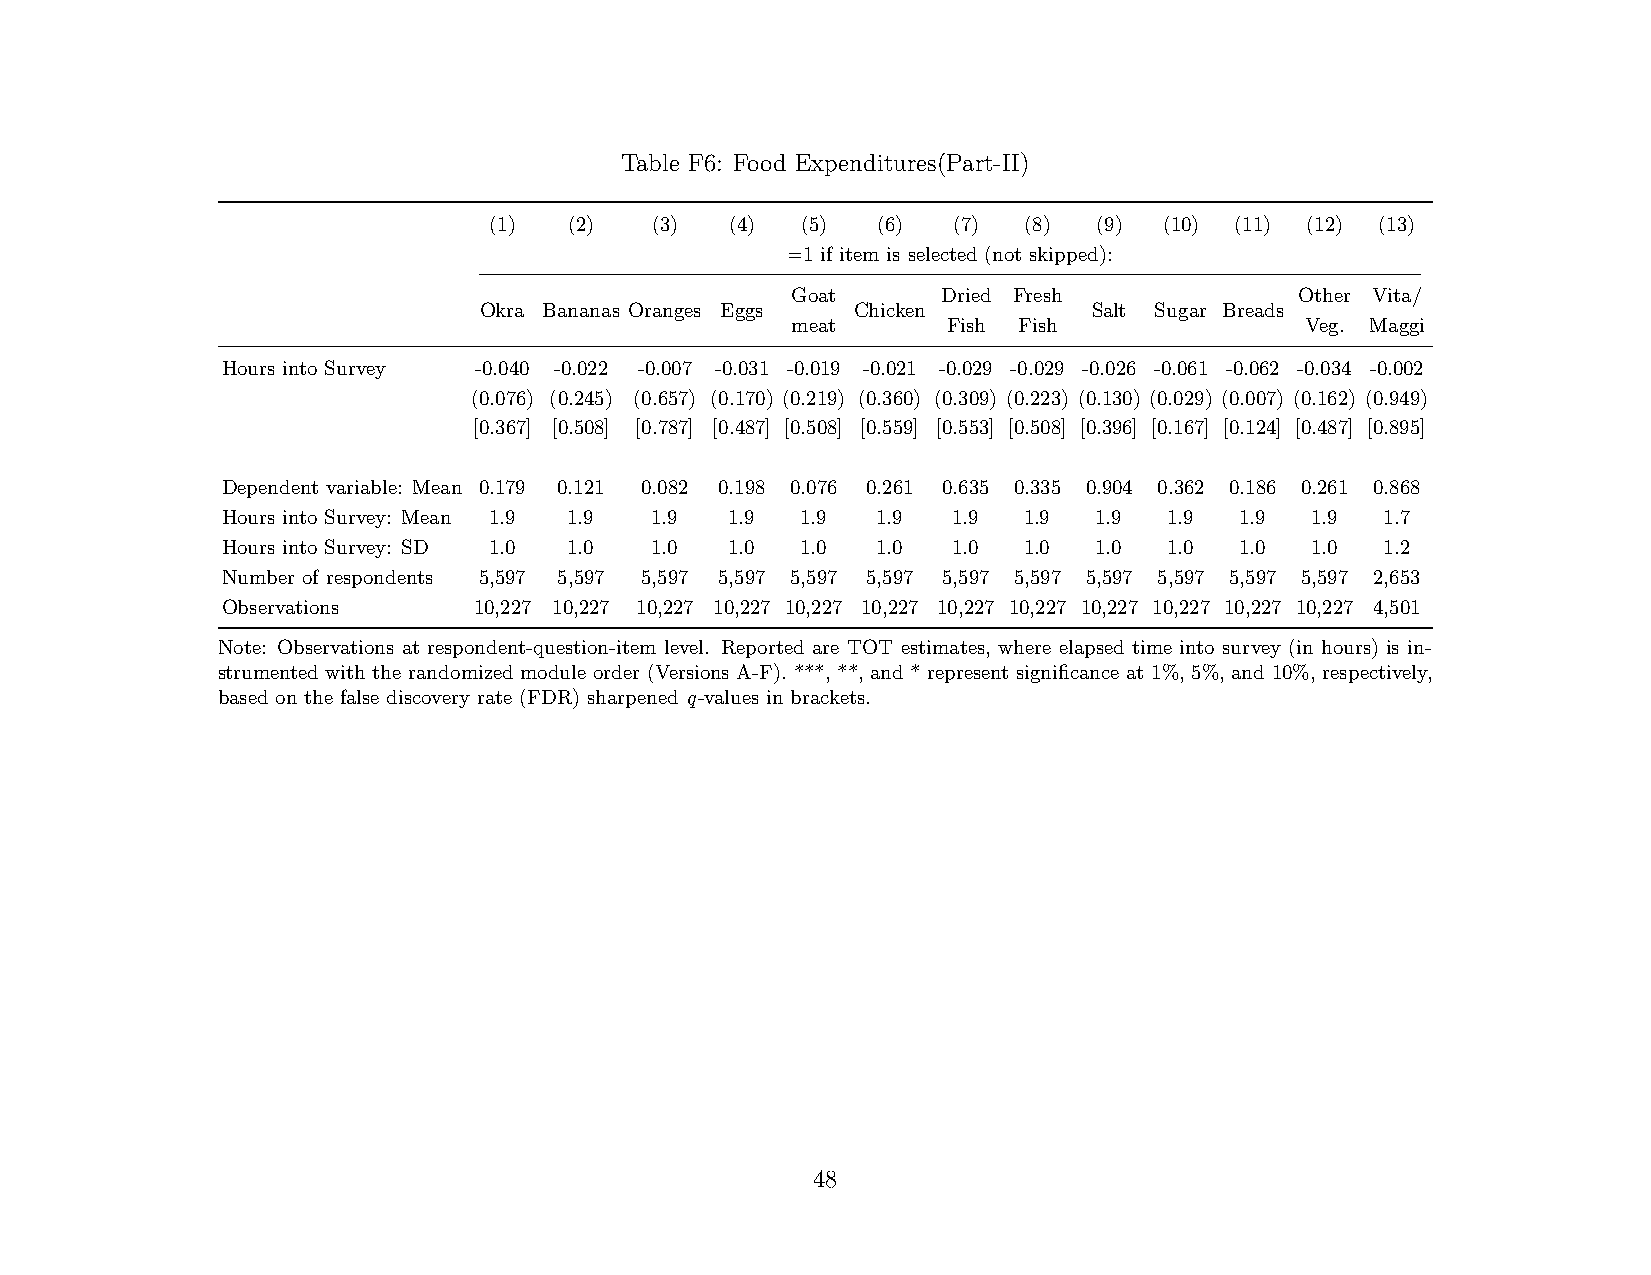
Table F6: Food Expenditures(Part-II)
 (1)   (2)  (3)  (4)  (5)  (6)  (7)  (8)  (9) (10) (11) (12) (13)
 =1 if item is selected (not skipped):
 Goat      Dried Fresh             Other Vita/
 Okra Bananas Oranges Eggs Chicken       Salt Sugar Breads
 meat       Fish Fish              Veg. Maggi
 Hours into Survey -0.040 -0.022 -0.007 -0.031 -0.019 -0.021 -0.029 -0.029 -0.026 -0.061 -0.062 -0.034 -0.002
 (0.076) (0.245) (0.657) (0.170) (0.219) (0.360) (0.309) (0.223) (0.130) (0.029) (0.007) (0.162) (0.949)
 [0.367] [0.508] [0.787] [0.487] [0.508] [0.559] [0.553] [0.508] [0.396] [0.167] [0.124] [0.487] [0.895]
 Dependent variable: Mean 0.179 0.121 0.082 0.198 0.076 0.261 0.635 0.335 0.904 0.362 0.186 0.261 0.868
 Hours into Survey: Mean 1.9 1.9 1.9 1.9 1.9 1.9 1.9  1.9  1.9 1.9  1.9  1.9  1.7
 Hours into Survey: SD 1.0 1.0 1.0 1.0 1.0  1.0  1.0  1.0  1.0 1.0  1.0  1.0  1.2
 Number of respondents 5,597 5,597 5,597 5,597 5,597 5,597 5,597 5,597 5,597 5,597 5,597 5,597 2,653
 Observations    10,227 10,227 10,227 10,227 10,227 10,227 10,227 10,227 10,227 10,227 10,227 10,227 4,501
 Note: Observations at respondent-question-item level. Reported are TOT estimates, where elapsed time into survey (in hours) is in-
 strumented with the randomized module order (Versions A-F). ***, **, and * represent significance at 1%, 5%, and 10%, respectively,
 based on the false discovery rate (FDR) sharpened q-values in brackets.
 48